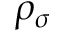
\rho _ { \sigma }